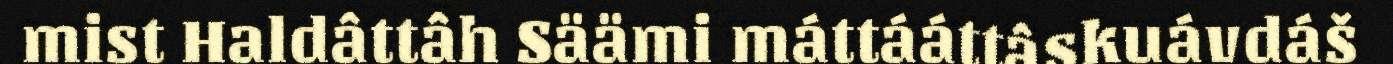
mist Haldâttâh Säämi máttááttâskuávdáš